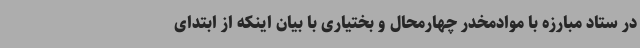
در ستاد مبارزه با موادمخدر چهارمحال و بختیاری با بیان اینکه از ابتدای